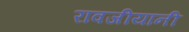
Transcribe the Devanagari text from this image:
रावजीयानी